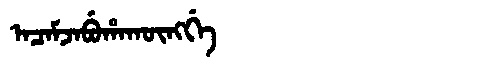
Manchu: ᠠᠴᠠᠮᠵᠠᠪᡠᡥᠠᡴᡡᠩᡤᡝ
Romanization: ACAMJABUHAKŪNGGE